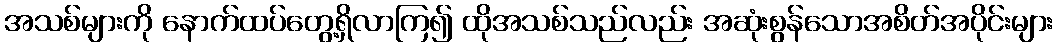
အသစ်များကို နောက်ထပ်တွေ့ရှိလာကြ၍ ထိုအသစ်သည်လည်း အဆုံးစွန်သောအစိတ်အပိုင်းများ